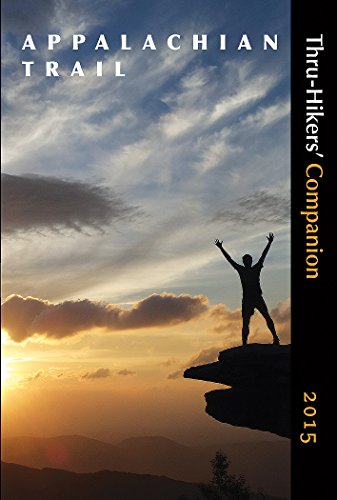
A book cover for Appalachian Trail Thru-Hikers' Companion (2015); Appalachian Long Distance Hikers Association; Sports & Outdoors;